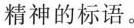
话精神的标语。